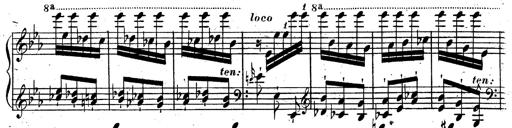
Title: Rondeau fantastique sur un thÃ¨me espagnol
Composer: Franz Liszt